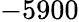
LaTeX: -5900